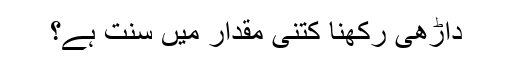
داڑھی رکھنا کتنی مقدار میں سنت ہے؟